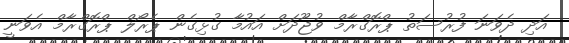
އަދި ދެވަނަ ފުރުސަތު ޕްރޮގްރާމް ވުޖޫދަށް އައުމާ ގުޅިގެން ޕެރޯލް ޕްރޮގްރާމް އެވަނީ